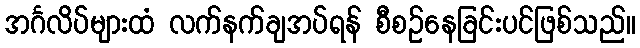
အင်္ဂလိပ်များထံ လက်နက်ချအပ်ရန် စီစဉ်နေခြင်းပင်ဖြစ်သည်။